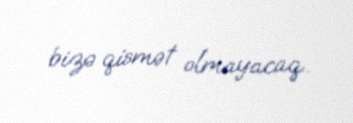
bizə qismət olmayacaq..